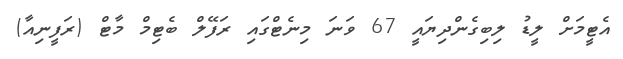
އެޓީމަށް ލީޑު ލިބިގެންދިޔައީ 67 ވަނަ މިނެޓްގައި ރަފޭލް ބެޓިމް މާޓް (ރަފީނިއާ)